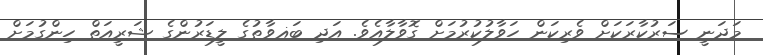
މަދަނީ ސަރުކާރަކަށް ވެރިކަން ހަވާލުކުރުމަށް ގޮވާލާއެވެ. އަދި ބަޣވާތުގެ ލީޑަރުންގެ ޝަރީއަތް ހިންގުމަށް